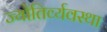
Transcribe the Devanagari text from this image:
ज्योतिर्व्यवस्था